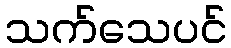
သက်သေပင်